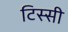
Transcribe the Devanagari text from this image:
टिस्सी